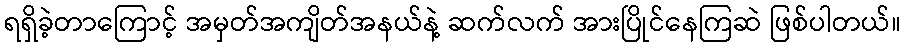
ရရှိခဲ့တာကြောင့် အမှတ်အကျိတ်အနယ်နဲ့ ဆက်လက် အားပြိုင်နေကြဆဲ ဖြစ်ပါတယ်။